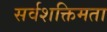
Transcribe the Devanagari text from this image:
सर्वशक्तिमता